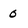
Character: 0